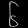
Digit: ၆